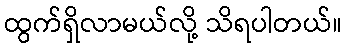
ထွက်ရှိလာမယ်လို့ သိရပါတယ်။